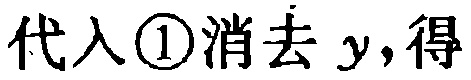
代入\textcircled{1}消去 \(y\)，得